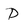
Character: D